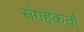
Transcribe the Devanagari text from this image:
संगहकर्ता